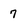
Character: 7